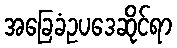
အခြေခံဥပဒေဆိုင်ရာ